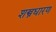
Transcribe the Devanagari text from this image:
शस्त्रधारण